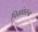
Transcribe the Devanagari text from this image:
पिसांवरून